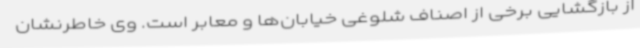
از بازگشایی برخی از اصناف شلوغی خیابان‌ها و معابر است. وی خاطرنشان